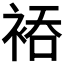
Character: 𮖂